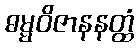
ဓမ္မဝိဇာနနတ္ထံ